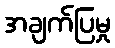
အချက်ပြမှု